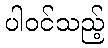
ပါဝင်သည့်